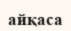
айқаса